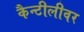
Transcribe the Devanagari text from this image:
कैन्टीलीवर